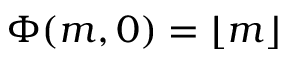
\Phi ( m , 0 ) = \lfloor m \rfloor